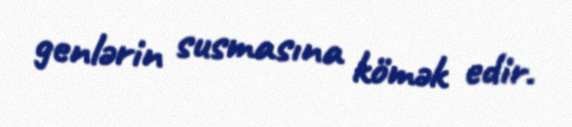
genlərin susmasına kömək edir.